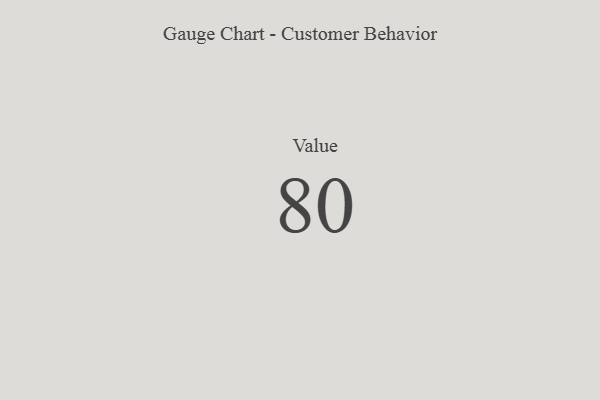
{"axis": {"x": "Metric", "y": "Value"}, "legend": [""], "data": [{"x": "Value", "y": 80, "type": ""}]}